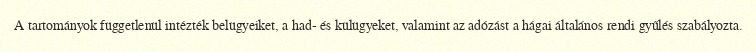
A tartományok függetlenül intézték belügyeiket, a had- és külügyeket, valamint az adózást a hágai általános rendi gyűlés szabályozta.